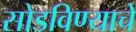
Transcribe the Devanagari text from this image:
सोडविण्‍याचे